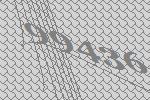
99436